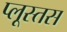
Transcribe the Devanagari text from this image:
प्लूस्तस